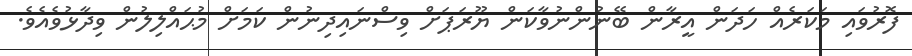
ފޮރުވައި މަކަރެއް ހަދަން އީރާން ބޭނުންނުވާކަން ޔޫރަޕަށް ވިސްނައިދިނުން ކަމަށް މުޙައްލިލުން ވިދާޅުވެއެވެ.